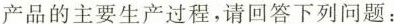
产品的主要生产过程，请回答下列问题：